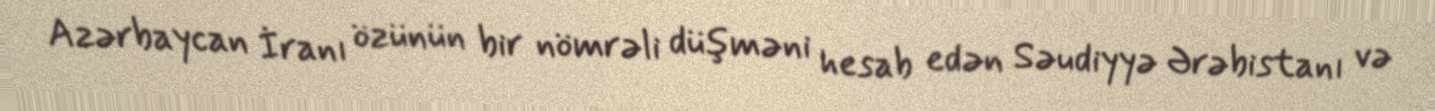
Azərbaycan İranı özünün bir nömrəli düşməni hesab edən Səudiyyə Ərəbistanı və